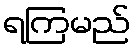
ရကြမည်